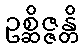
ဥစ္ဆိဇ္ဇန္တိ